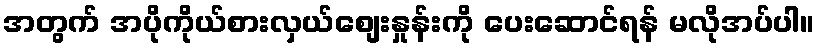
အတွက် အပိုကိုယ်စားလှယ်စျေးနှုန်းကို ပေးဆောင်ရန် မလိုအပ်ပါ။